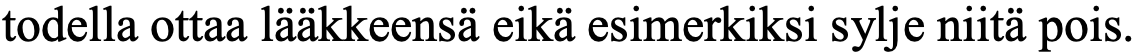
todella ottaa lääkkeensä eikä esimerkiksi sylje niitä pois.